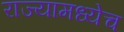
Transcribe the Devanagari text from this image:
राज्यामध्येच